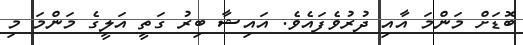
ބޮޑަށް މަންމަ އާއި ދުރުވެފައެވެ. އައިޝާ ބިރު ގަތީ އަލީގެ މަންމަ މި